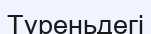
Туреньдегі